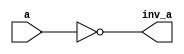
module invertor
 
(
input a,
output inv_a
);

assign inv_a = ~a;

endmodule